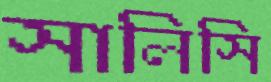
সালিসি